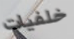
خلفيات